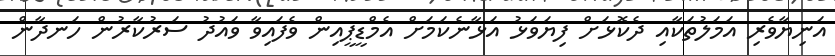
އަނިޔާވެރި އަމަލުތަކާއި ދެކޮޅަށް ފިޔަވަޅު އަޅާނެކަމަށް އެމްޑީޕީއިން ވެފައިވާ ވައުދު ސަރުކާރުން ހަނދާން